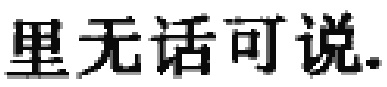
里无话可说.